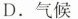
D.气候